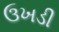
ઉખડી